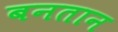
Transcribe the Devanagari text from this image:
बनतान